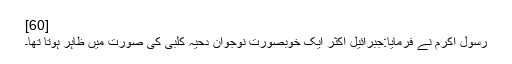
[60]
رسول اکرم نے فرمایا:جبرائیل اکثر ایک خوبصورت نوجوان دحیہ کلبی کی صورت میں ظاہر ہوتا تھا۔